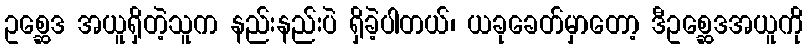
ဥစ္ဆေဒ အယူရှိတဲ့သူက နည်းနည်းပဲ ရှိခဲ့ပါတယ်၊ ယခုခေတ်မှာတော့ ဒီဥစ္ဆေဒအယူကို